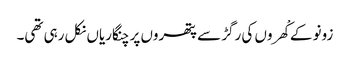
زونو کے کْھروں کی رگڑ سے پتھروں پر چنگاریاں نکل رہی تھی۔